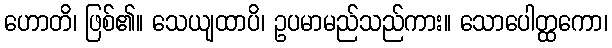
ဟောတိ၊ ဖြစ်၏။ သေယျထာပိ၊ ဥပမာမည်သည်ကား။ သောပေါတ္ထကော၊